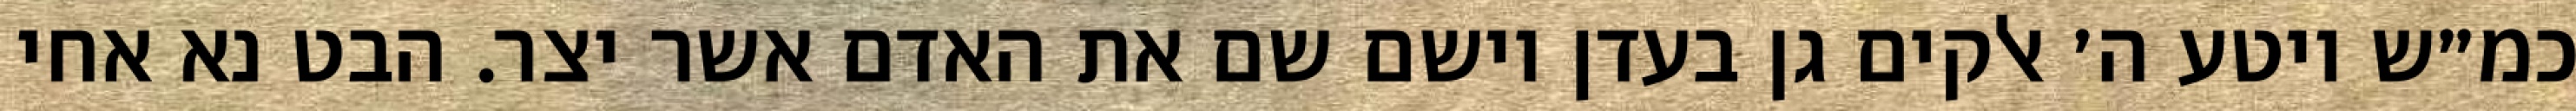
כמ״ש ויטע ה׳ אלקים גן בעדן וישם שם את האדם אשר יצר. הבט נא אחי